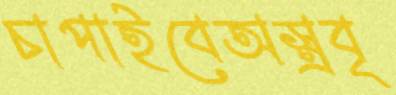
চাপাইবেঅস্ত্রবৃ